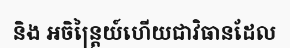
និង អចិន្ត្រៃយ៍ហើយជាវិធានដែល